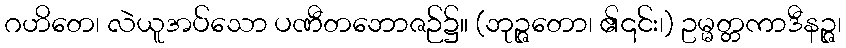
ဂဟိတေ၊ လဲယူအပ်သော ပဏီတဘောဇဉ်၌။ (ဘုဉ္ဇတော၊ ၏၎င်း၊) ဥမ္မတ္တကာဒီနဉ္ဇ၊